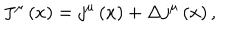
J ^ { \mu } \left( x \right) = j ^ { \mu } \left( x \right) + \Delta j ^ { \mu } \left( x \right) ,